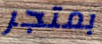
بمتجر